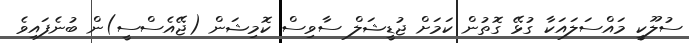
ސުލޫކީ މައްސަލައަކާ ގުޅޭ ގޮތުން ކަމަށް ޖުޑީޝަލް ސާވިސް ކޮމިޝަން (ޖޭއެސްސީ)ން ބުނެފައިވެ